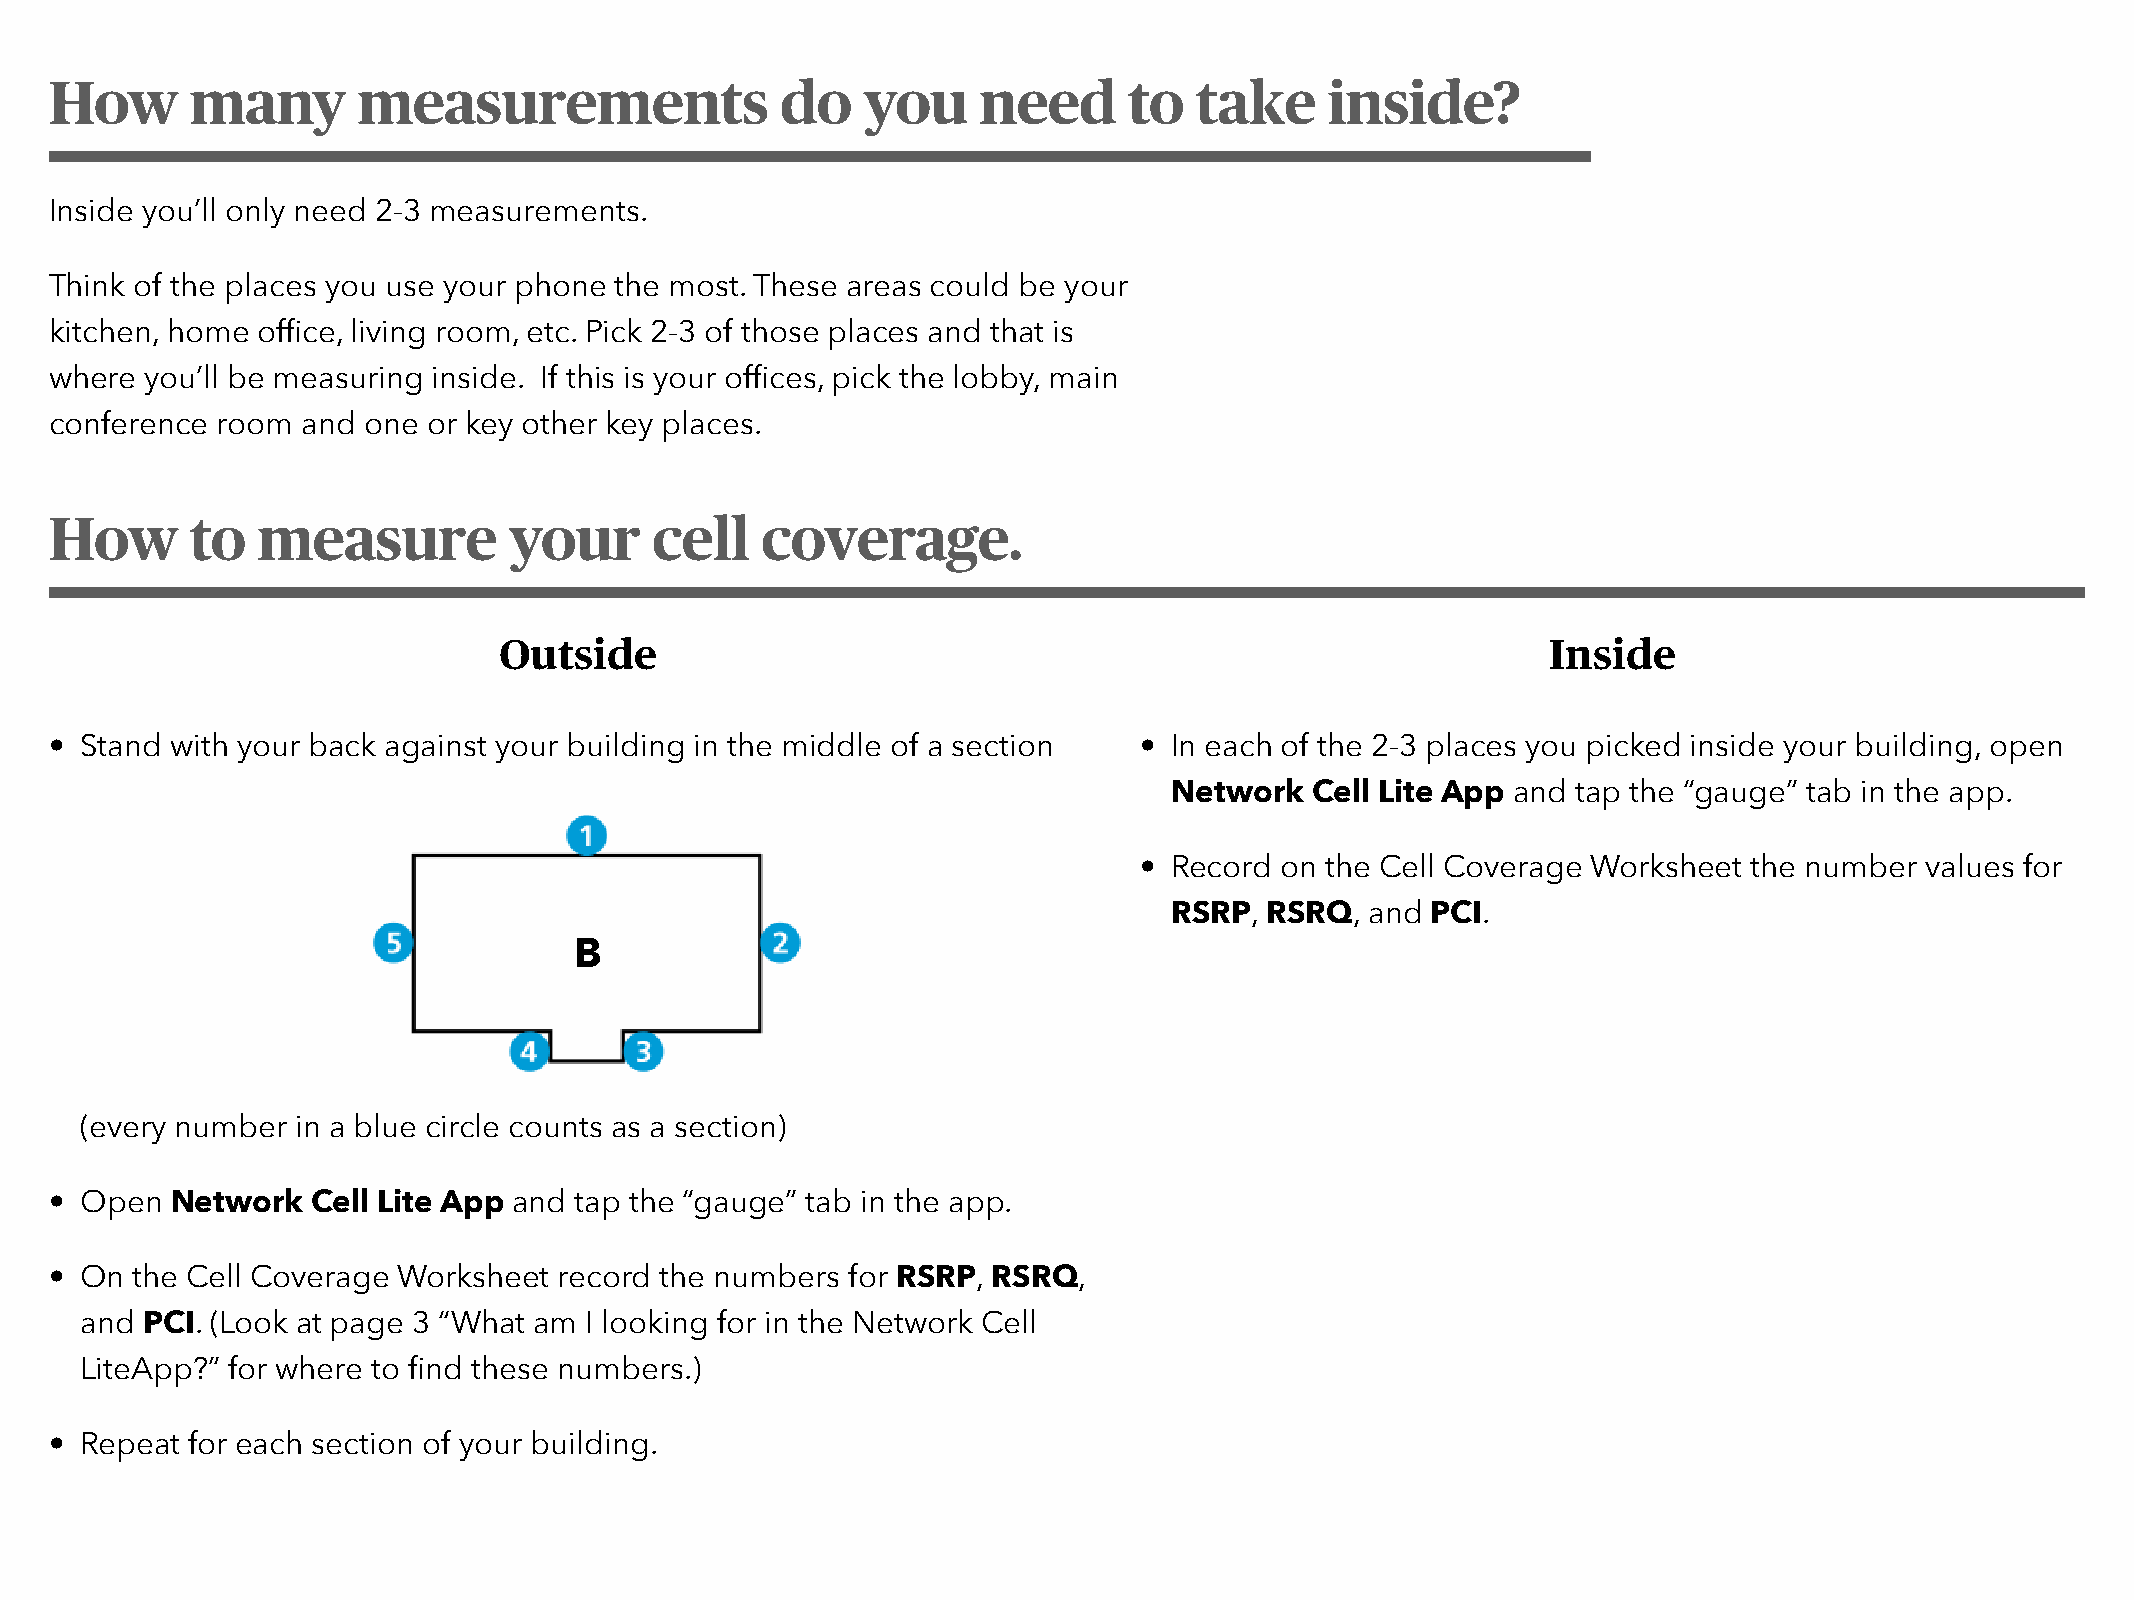
How       many       measurements                do   you     need      to  take     inside?
 Inside you’ll only need 2-3 measurements.
 Think of the places you use your phone the most. These areas could be your
 kitchen, home office, living room, etc. Pick 2-3 of those places and that is
 where  you’ll be measuring inside. If this is your offices, pick the lobby, main
 conference room  and one or key other key places.
 How       to  measure          your     cell   coverage.
 Outside                                                               Inside
 • Stand with your back against your building in the middle of a section •  In each of the 2-3 places you picked inside your building, open
 Network  Cell Lite App and tap the “gauge” tab in the app.
 •  Record on the Cell Coverage Worksheet the number values for
 RSRP, RSRQ,  and PCI.
 B
 (every number  in a blue circle counts as a section)
 • Open  Network   Cell Lite App and tap the “gauge” tab in the app.
 • On  the Cell Coverage Worksheet record the numbers for RSRP, RSRQ,
 and PCI. (Look at page 3 “What am I looking for in the Network Cell
 LiteApp?” for where to find these numbers.)
 • Repeat for each section of your building.